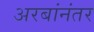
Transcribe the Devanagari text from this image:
अरबांनंतर